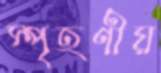
স্পৃহণীয়